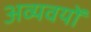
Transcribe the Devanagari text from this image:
अव्यवयों